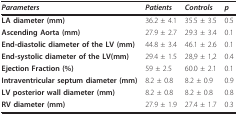
| Parameters | Patients | Controls | p |
 | --- | --- | --- | --- |
 | LA diameter (mm) | 36.2 ± 4.1 | 35.5 ± 3.5 | 0.5 |
 | Ascending Aorta (mm) | 27.9 ± 2.7 | 29.3 ± 3.4 | 0.1 |
 | End-diastolic diameter of the LV (mm) | 44.8 ± 3.4 | 46.1 ± 2.6 | 0.1 |
 | End-systolic diameter of the LV(mm) | 29.4 ± 1.5 | 28,9 ± 1,2 | 0.4 |
 | Ejection Fraction (%) | 59 ± 2.5 | 60.0 ± 2.1 | 0.1 |
 | Intraventricular septum diameter (mm) | 8.2 ± 0.8 | 8.2 ± 0.9 | 0.9 |
 | LV posterior wall diameter (mm) | 8.2 ± 0.8 | 8.2 ± 0.8 | 0.8 |
 | RV diameter (mm) | 27.9 ± 1.9 | 27.4 ± 1.7 | 0.3 |